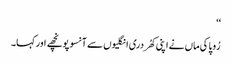
‘‘
رُوپا کی ماں نے اپنی کھُردری انگلیوں سے آنسو پونچھے اور کہا۔